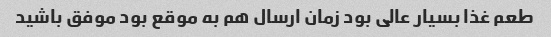
طعم غذا بسیار عالی بود زمان ارسال هم به موقع بود موفق باشید